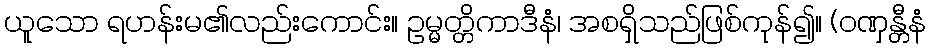
ယူသော ရဟန်းမ၏လည်းကောင်း။ ဥမ္မတ္တိကာဒီနံ၊ အစရှိသည်ဖြစ်ကုန်၍။ (ဝဏှန္တီနံ